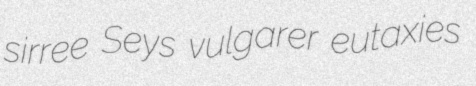
sirree Seys vulgarer eutaxies